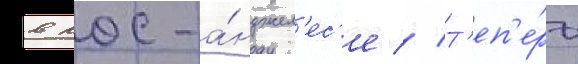
в лос-а́нджел'ес'е // Т'еп'е́рь